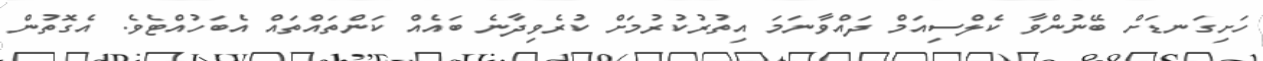
ހަށިގަނޑަށް ބޭނުންވާ ކެލްސިއަމް ދައްވާނަމަ އިތުރުކުރުމަށް ކުރެވިދާނެ ބައެއް ކަންތައްތައް އެބަހުއްޓެވެ. އެގޮތުން